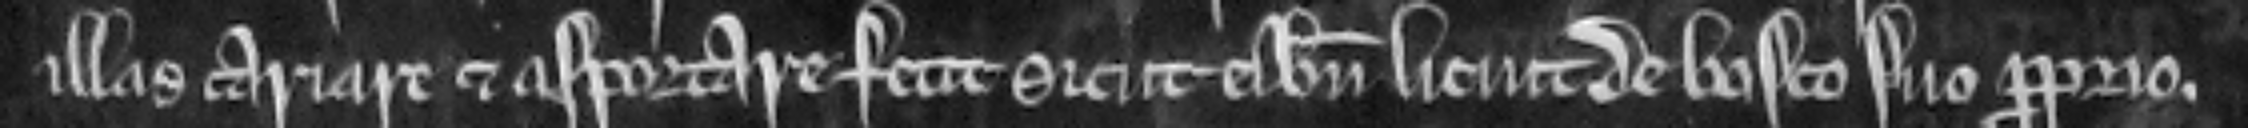
illas cariare et asportare fecit sicut ei bene licuit de bosco suo proprio.